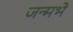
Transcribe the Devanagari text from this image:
जन्मभे